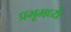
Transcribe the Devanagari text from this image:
प्रभूमध्ये